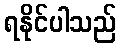
ရနိုင်ပါသည်